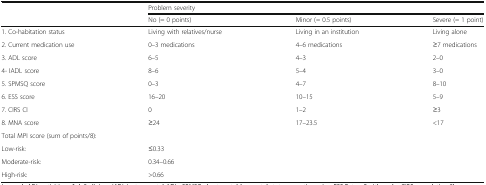
<table><thead><tr><td rowspan="2"></td><td colspan="3"><b>Problem severity</b></td></tr><tr><td><b>No (= 0 points)</b></td><td><b>Minor (= 0.5 points)</b></td><td><b>Severe (= 1 point)</b></td></tr></thead><tbody><tr><td>1. Co-habitation status</td><td>Living with relatives/nurse</td><td>Living in an institution</td><td>Living alone</td></tr><tr><td>2. Current medication use</td><td>0–3 medications</td><td>4–6 medications</td><td>≥7 medications</td></tr><tr><td>3. ADL score</td><td>6–5</td><td>4–3</td><td>2–0</td></tr><tr><td>4- IADL score</td><td>8–6</td><td>5–4</td><td>3–0</td></tr><tr><td>5. SPMSQ score</td><td>0–3</td><td>4–7</td><td>8–10</td></tr><tr><td>6. ESS score</td><td>16–20</td><td>10–15</td><td>5–9</td></tr><tr><td>7. CIRS CI</td><td>0</td><td>1–2</td><td>≥3</td></tr><tr><td>8. MNA score</td><td>≥24</td><td>17–23.5</td><td>&lt;17</td></tr><tr><td colspan="4">Total MPI score (sum of points/8):</td></tr><tr><td>Low-risk:</td><td colspan="3">≤0.33</td></tr><tr><td>Moderate-risk:</td><td colspan="3">0.34–0.66</td></tr><tr><td>High-risk:</td><td colspan="3">&gt;0.66</td></tr></tbody></table>